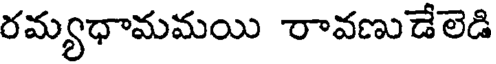
రమ్యధామమయి రావణుడేలెడి